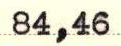
84,46